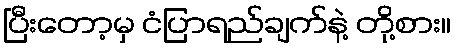
ပြီးတော့မှ ငံပြာရည်ချက်နဲ့ တို့စား။